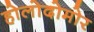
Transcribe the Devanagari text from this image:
होलोदोमोर